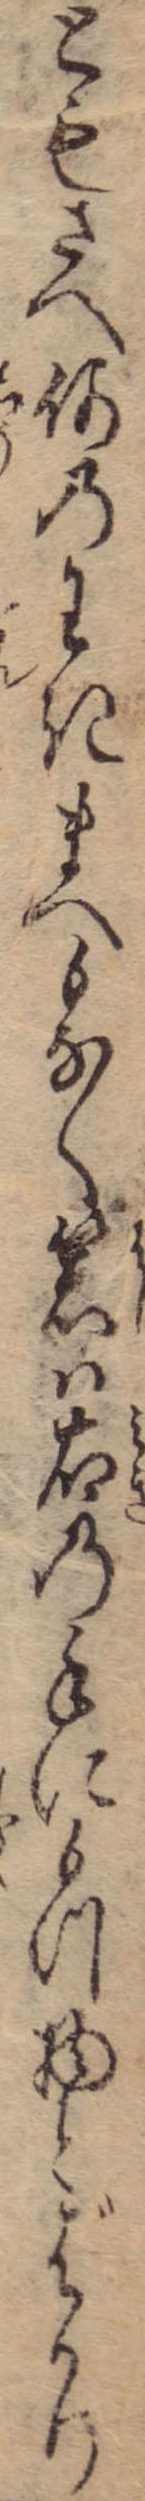
ともさへ何のわきまへもなく箸は右の手にもつ物とばかり